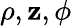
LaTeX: \rho,\mathbf{z},\phi